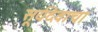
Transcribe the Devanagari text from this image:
सूर्यदेवाचा